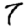
Digit: 7